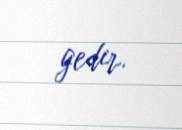
gedir.